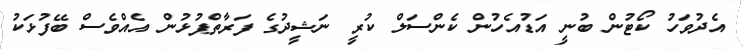
އެދުވަހު ކޯޓުން ބުނީ އަޑުއެހުން ކެންސަލް ކުރީ ނަޝީދުގެ ފަރާތްޕުޅުން އެއްވެސް ބޭފުޅަކު